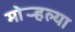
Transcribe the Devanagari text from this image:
मोर्‍हल्या